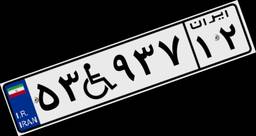
۶۲W۲۴۸۷۶